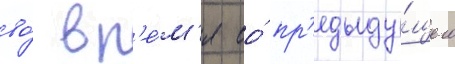
во́ вр'е́м'я ео́ пр'едыду́щего